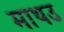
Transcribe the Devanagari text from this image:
माथउ